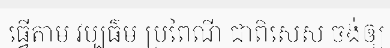
ធ្វើតាម វប្បធ៌ម ប្រពៃណី ជាពិសេស ចង់ឲ្យ